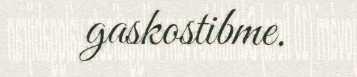
gaskostibme.